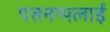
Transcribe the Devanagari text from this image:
पत्तनप्पलाई